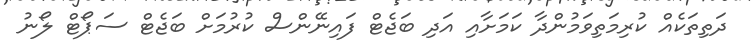
ދަތިތަކެއް ކުރިމަތިވަމުންދާ ކަމަށާއި އަދި ބަޖެޓް ފައިނޭންސް ކުރުމަށް ބަޖެޓް ސަޕޯޓް ލޯނު